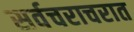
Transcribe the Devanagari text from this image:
सर्वचराचरात